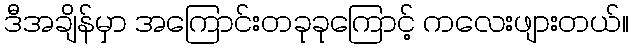
ဒီအချိန်မှာ အကြောင်းတခုခုကြောင့် ကလေးဖျားတယ်။